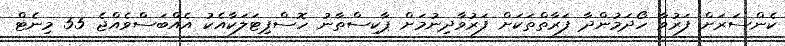
ކެންސަރަށް ފަރުވާ ހޯދަމުންދާ ފަރާތްތަކަށް ފަރުވާދިނުމަށް ޕާކިސްތާނު ހޮސްޕިޓަލަކާއެކު އެއްބަސްވެއްޖެ 55 މިނެޓް